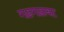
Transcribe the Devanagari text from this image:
गड़गड़ाबट